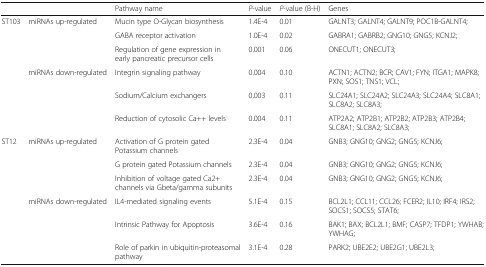
<table><thead><tr><td>[EMPTY_CELL]</td><td>[EMPTY_CELL]</td><td><b>Pathway name</b></td><td><b><i>P</i>-value</b></td><td><b><i>P</i>-value (B-H)</b></td><td><b>Genes</b></td></tr></thead><tbody><tr><td rowspan="6">ST103</td><td rowspan="3">miRNAs up-regulated</td><td>Mucin type O-Glycan biosynthesis</td><td>1.4E-4</td><td>0.01</td><td>GALNT3; GALNT4; GALNT9; POC1B-GALNT4;</td></tr><tr><td>GABA receptor activation</td><td>1.0E-4</td><td>0.02</td><td>GABRA1; GABRB2; GNG10; GNG5; KCNJ2;</td></tr><tr><td>Regulation of gene expression in early pancreatic precursor cells</td><td>0.001</td><td>0.06</td><td>ONECUT1; ONECUT3;</td></tr><tr><td rowspan="3">miRNAs down-regulated</td><td>Integrin signaling pathway</td><td>0.004</td><td>0.10</td><td>ACTN1; ACTN2; BCR; CAV1; FYN; ITGA1; MAPK8; PXN; SOS1; TNS1; VCL;</td></tr><tr><td>Sodium/Calcium exchangers</td><td>0.003</td><td>0.11</td><td>SLC24A1; SLC24A2; SLC24A3; SLC24A4; SLC8A1; SLC8A2; SLC8A3;</td></tr><tr><td>Reduction of cytosolic Ca++ levels</td><td>0.004</td><td>0.11</td><td>ATP2A2; ATP2B1; ATP2B2; ATP2B3; ATP2B4; SLC8A1; SLC8A2; SLC8A3;</td></tr><tr><td rowspan="6">ST12</td><td rowspan="3">miRNAs up-regulated</td><td>Activation of G protein gated Potassium channels</td><td>2.3E-4</td><td>0.04</td><td>GNB3; GNG10; GNG2; GNG5; KCNJ6;</td></tr><tr><td>G protein gated Potassium channels</td><td>2.3E-4</td><td>0.04</td><td>GNB3; GNG10; GNG2; GNG5; KCNJ6;</td></tr><tr><td>Inhibition of voltage gated Ca2+ channels via Gbeta/gamma subunits</td><td>2.3E-4</td><td>0.04</td><td>GNB3; GNG10; GNG2; GNG5; KCNJ6;</td></tr><tr><td rowspan="3">miRNAs down-regulated</td><td>IL4-mediated signaling events</td><td>5.1E-4</td><td>0.15</td><td>BCL2L1; CCL11; CCL26; FCER2; IL10; IRF4; IRS2; SOCS1; SOCS5; STAT6;</td></tr><tr><td>Intrinsic Pathway for Apoptosis</td><td>3.6E-4</td><td>0.16</td><td>BAK1; BAX; BCL2L1; BMF; CASP7; TFDP1; YWHAB; YWHAG;</td></tr><tr><td>Role of parkin in ubiquitin-proteasomal pathway</td><td>3.1E-4</td><td>0.28</td><td>PARK2; UBE2E2; UBE2G1; UBE2L3;</td></tr></tbody></table>